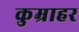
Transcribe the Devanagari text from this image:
कुम्राहर